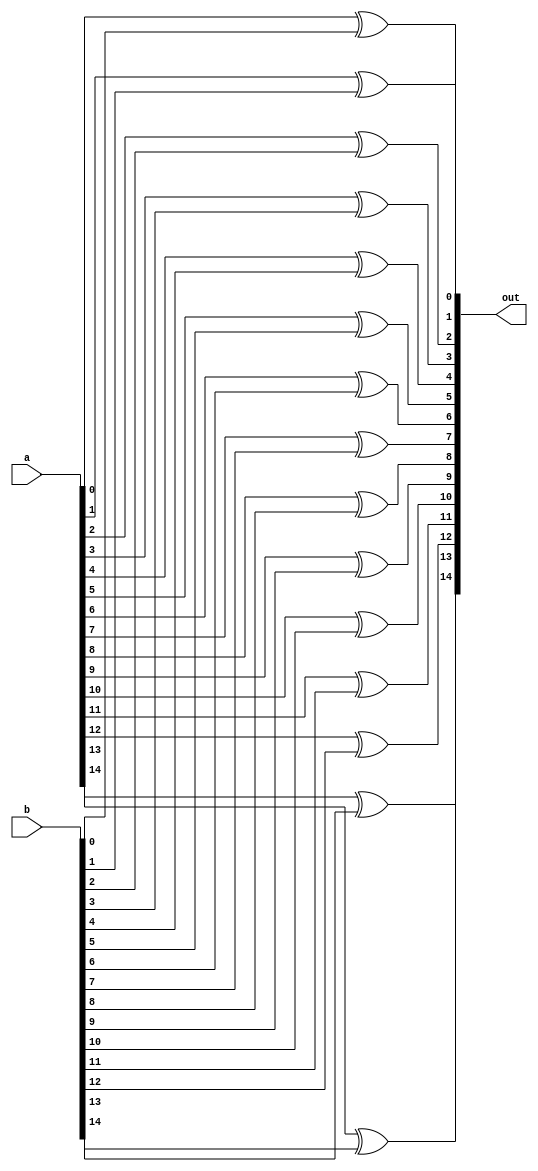
module large_xor (a,b,out);
	// Output vector
	output reg [14:0] out;
	
	
	// Input vector
	input [14:0] a;
	// Another input vector
	input [15:1] b;
	
	
	// Declare "reg" signals...
	//reg [3:0] in_bar;
	// Declare "wire" signals...
	// Defining constants: parameter [name_of_constant] = value;
	
	
	always @(*)
	begin
		out[0]=a[0]^b[1];
		out[1]=a[1]^b[2];
		out[2]=a[2]^b[3];
		out[3]=a[3]^b[4];
		out[4]=a[4]^b[5];
		out[5]=a[5]^b[6];
		out[6]=a[6]^b[7];
		out[7]=a[7]^b[8];
		out[8]=a[8]^b[9];
		out[9]=a[9]^b[10];
		out[10]=a[10]^b[11];
		out[11]=a[11]^b[12];
		out[12]=a[12]^b[13];
		out[13]=a[13]^b[14];
		out[14]=a[14]^b[15];
	end
	
	
endmodule